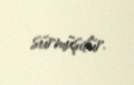
sürmüşdür.